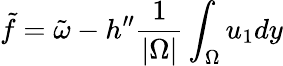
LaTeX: \tilde{f}=\tilde{\omega}-h^{\prime\prime}\frac{1}{|\Omega|}\int_{\Omega}u_{1}dy